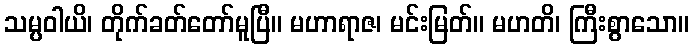
သမ္ပဝါယိ၊ တိုက်ခတ်တော်မူပြီ။ မဟာရာဇ၊ မင်းမြတ်။ မဟတိ၊ ကြီးစွာသော။